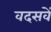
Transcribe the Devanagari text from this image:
वदसवें